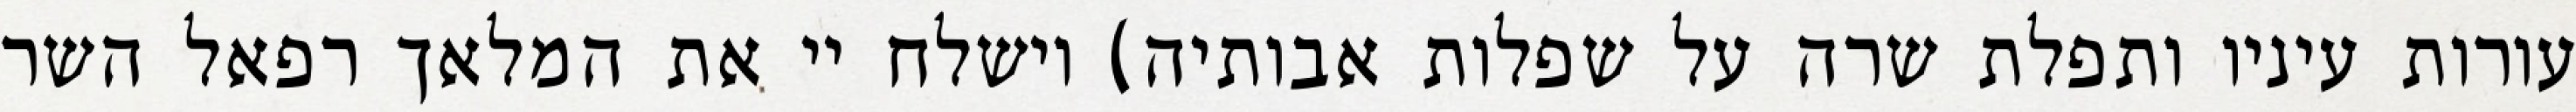
עורות עיניו ותפלת שרה על שפלות אבותיה) וישלח יי את המלאך רפאל השר